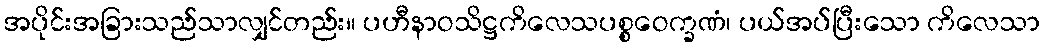
အပိုင်းအခြားသည်သာလျှင်တည်း။ ပဟီနာဝသိဋ္ဌကိလေသပစ္စဝေက္ခဏံ၊ ပယ်အပ်ပြီးသော ကိလေသာ